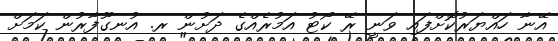
އޭނާ ހައްޔަރުކޮށްފައި ވަނީ ރޭ ކޯޓު އަމުރެއްގެ ދަށުން ރ. އުނގޫފާރުން ކަމަށް